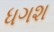
ધગશ